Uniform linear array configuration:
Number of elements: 8
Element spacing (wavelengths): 0.5
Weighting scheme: exponential
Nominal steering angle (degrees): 15
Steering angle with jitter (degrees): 16.563
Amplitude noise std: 0.05
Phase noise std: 0.05

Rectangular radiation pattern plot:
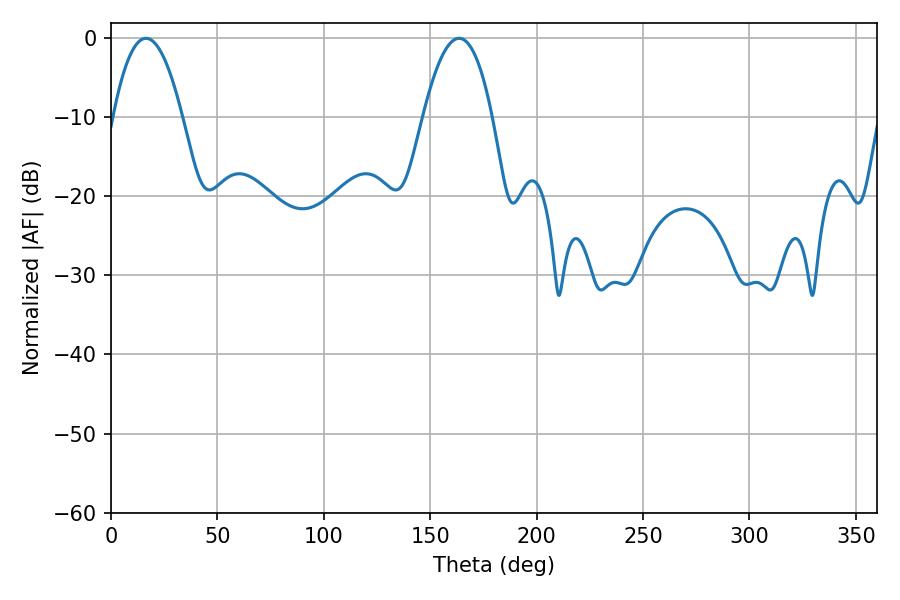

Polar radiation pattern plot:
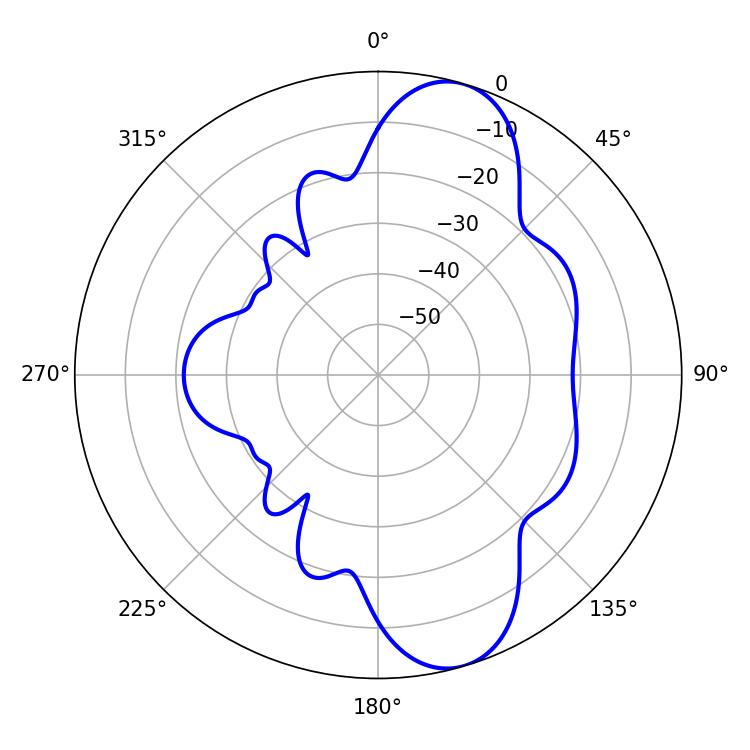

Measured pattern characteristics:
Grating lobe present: FALSE
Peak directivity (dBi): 9.845
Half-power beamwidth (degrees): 17.82
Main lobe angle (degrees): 16.38